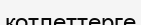
котлеттерге